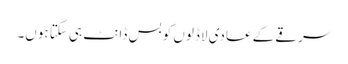
سرقے کے عادی لاڈلوں کو بس ڈانٹ ہی سکتا ہوں۔